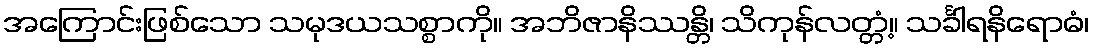
အကြောင်းဖြစ်သော သမုဒယသစ္စာကို။ အဘိဇာနိဿန္တိ၊ သိကုန်လတ္တံ့။ သင်္ခါရနိရောဓံ၊